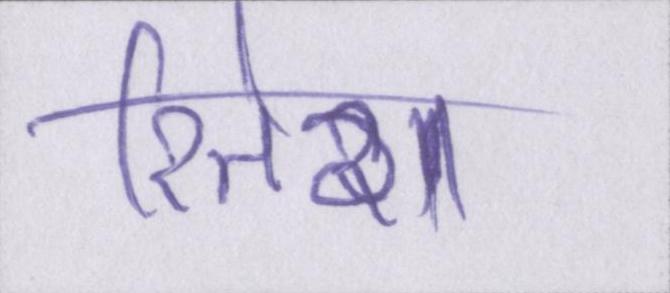
रितेश